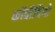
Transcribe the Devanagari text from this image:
कोंवीवियो